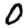
Digit: 0